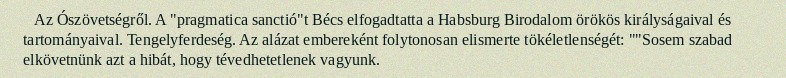
Az Ószövetségről. A "pragmatica sanctió"t Bécs elfogadtatta a Habsburg Birodalom örökös királyságaival és tartományaival. Tengelyferdeség. Az alázat embereként folytonosan elismerte tökéletlenségét: ""Sosem szabad elkövetnünk azt a hibát, hogy tévedhetetlenek vagyunk.